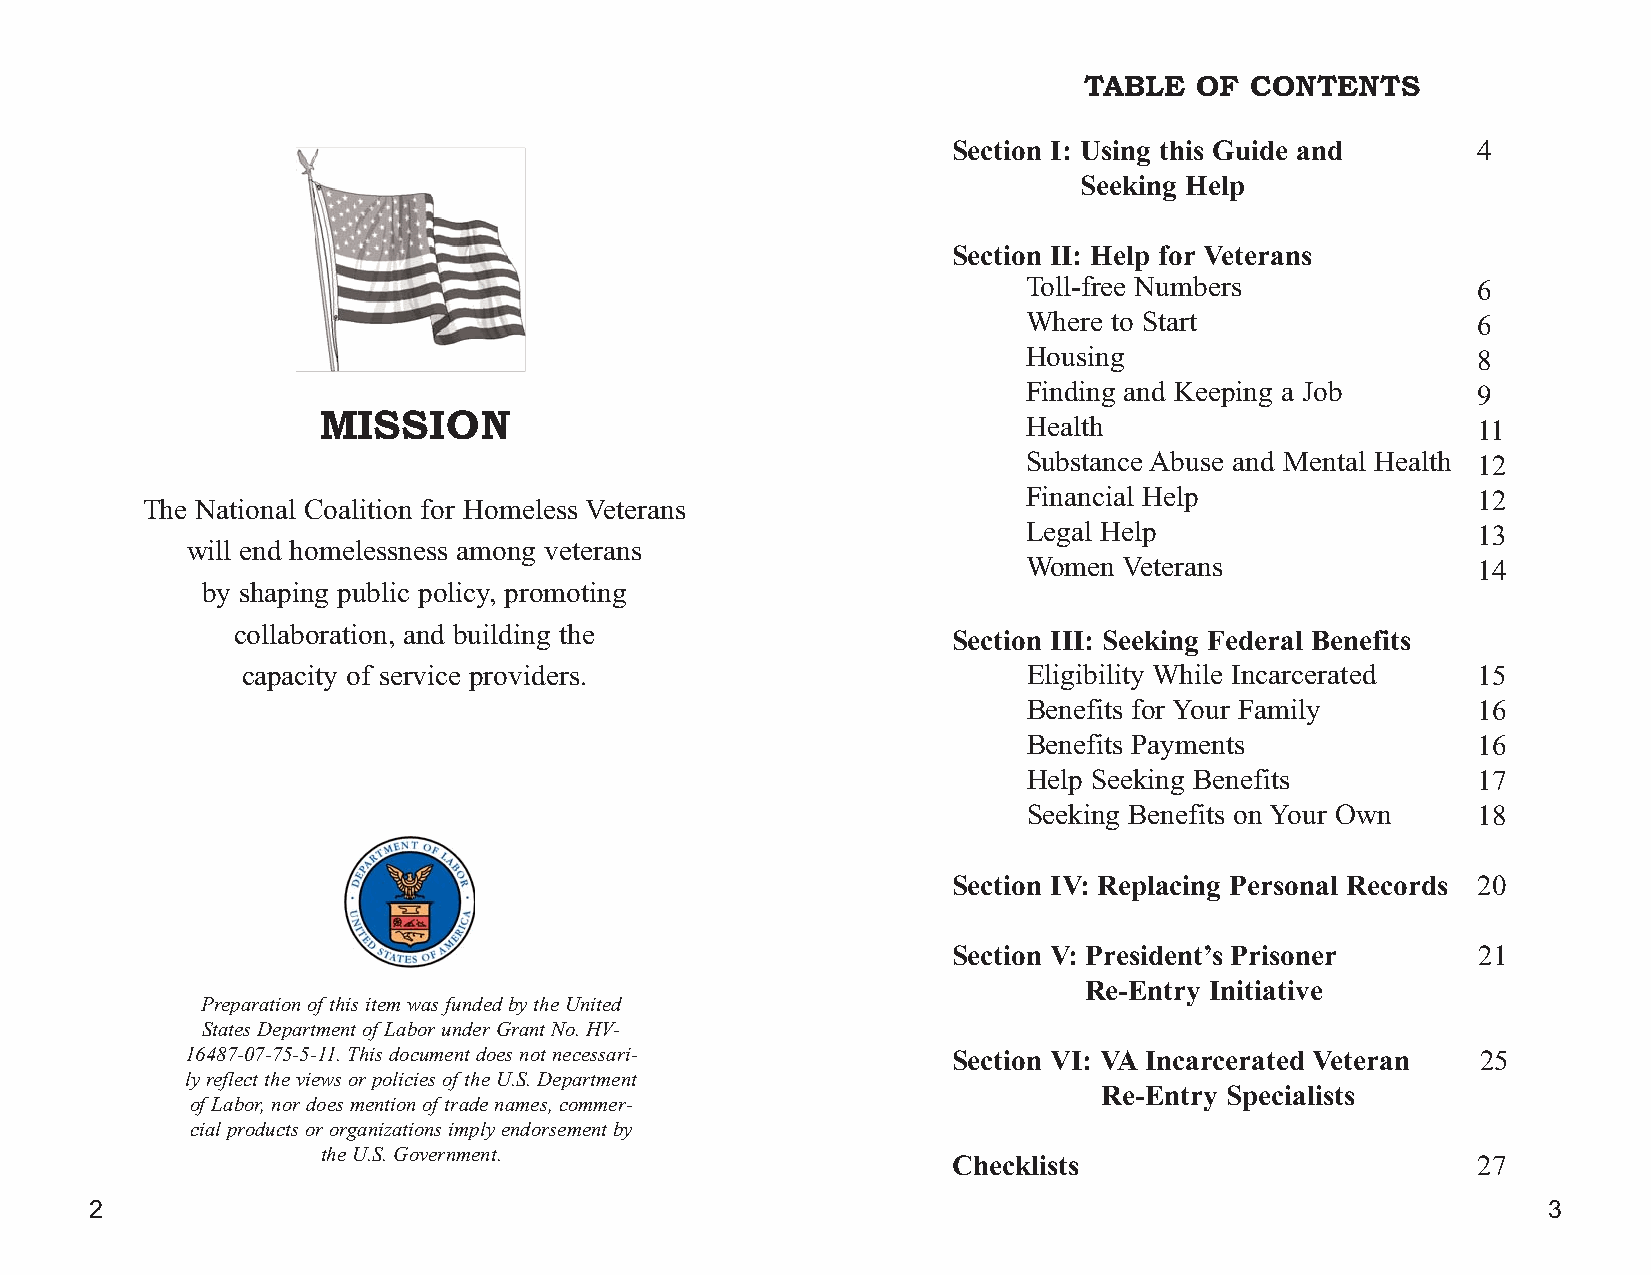
TABLE  OF  CONTENTS
 Section I: Using this Guide and    4
 Seeking Help
 Section II: Help for Veterans
 Toll-free Numbers             6
 Where to Start                6
 Housing                       8
 Finding and Keeping a Job     9
 MISSION
 Health                        11
 Substance Abuse and Mental Health 12
 Financial Help                12
 The National Coalition for Homeless Veterans
 Legal Help                    13
 will end homelessness among veterans
 Women Veterans                14
 by shaping public policy, promoting
 collaboration, and building the                 Section III: Seeking Federal Benefits
 capacity of service providers.                      Eligibility While Incarcerated 15
 Benefits for Your Family      16
 Benefits Payments             16
 Help Seeking Benefits         17
 Seeking Benefits on Your Own  18
 Section IV: Replacing Personal Records 20
 Section V: President’s Prisoner    21
 Re-Entry Initiative
 Preparation of this item was funded by the United
 States Department of Labor under Grant No. HV-
 16487-07-75-5-11. This document does not necessari- Section VI: VA Incarcerated Veteran 25
 ly reflect the views or policies of the U.S. Department
 Re-Entry Specialists
 of Labor, nor does mention of trade names, commer-
 cial products or organizations imply endorsement by
 the U.S. Government.
 Checklists                         27
 2                                                                                               3